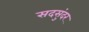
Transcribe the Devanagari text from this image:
सदसुंदर